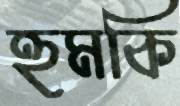
হুমকি